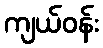
ကျယ်ဝန်း